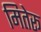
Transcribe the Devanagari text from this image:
मितेरू